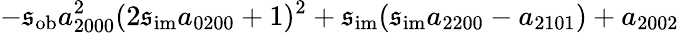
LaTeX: -\mathfrak{s}_{\mathrm{{ob}}}a_{2000}^{2}(2\mathfrak{s}_{\mathrm{{im}}}a_{0200}+1)^{2}+\mathfrak{s}_{\mathrm{{im}}}(\mathfrak{s}_{\mathrm{{im}}}a_{2200}-a_{2101})+a_{2002}